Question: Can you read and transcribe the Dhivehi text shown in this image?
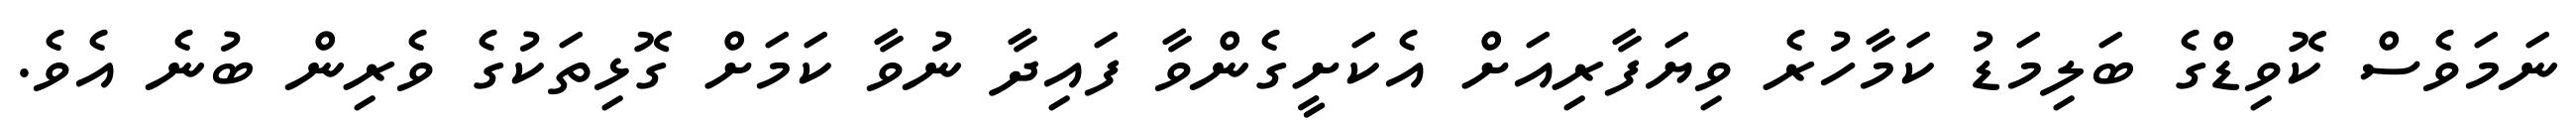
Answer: ނަމަވެސް ކޮވިޑްގެ ބަލިމަޑު ކަމާހުރެ ވިޔަފާރިއަށް އެކަށީގެންވާ ފައިދާ ނުވާ ކަމަށް ގޮޅިތަކުގެ ވެރިން ބުނެ އެވެ.